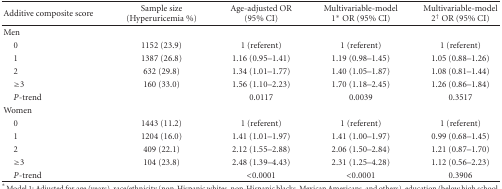
<table><thead><tr><td><b>Additive composite score</b></td><td><b>Sample size (Hyperuricemia %)</b></td><td><b>Age-adjusted OR (95% CI)</b></td><td><b>Multivariable-model 1<sup>∗</sup> OR (95% CI)</b></td><td><b>Multivariable-model 2<sup>†</sup> OR (95% CI)</b></td></tr></thead><tbody><tr><td>Men</td><td></td><td></td><td></td><td></td></tr><tr><td> 0</td><td>1152 (23.9)</td><td>1 (referent)</td><td>1 (referent)</td><td>1 (referent)</td></tr><tr><td> 1</td><td>1387 (26.8)</td><td>1.16 (0.95–1.41)</td><td>1.19 (0.98–1.45)</td><td>1.05 (0.88–1.26)</td></tr><tr><td> 2</td><td>632 (29.8)</td><td>1.34 (1.01–1.77)</td><td>1.40 (1.05–1.87)</td><td>1.08 (0.81–1.44)</td></tr><tr><td> ≥3</td><td>160 (33.0)</td><td>1.56 (1.10–2.23)</td><td>1.70 (1.18–2.45)</td><td>1.26 (0.86–1.84)</td></tr><tr><td> <i>P</i>-trend</td><td></td><td>0.0117</td><td>0.0039</td><td>0.3517</td></tr><tr><td>Women</td><td></td><td></td><td></td><td></td></tr><tr><td> 0</td><td>1443 (11.2)</td><td>1 (referent)</td><td>1 (referent)</td><td>1 (referent)</td></tr><tr><td> 1</td><td>1204 (16.0)</td><td>1.41 (1.01–1.97)</td><td>1.41 (1.00–1.97)</td><td>0.99 (0.68–1.45)</td></tr><tr><td> 2</td><td>409 (22.1)</td><td>2.12 (1.55–2.88)</td><td>2.06 (1.50–2.84)</td><td>1.21 (0.87–1.70)</td></tr><tr><td> ≥3</td><td>104 (23.8)</td><td>2.48 (1.39–4.43)</td><td>2.31 (1.25–4.28)</td><td>1.12 (0.56–2.23)</td></tr><tr><td> <i>P</i>-trend</td><td></td><td>&lt;0.0001</td><td>&lt;0.0001</td><td>0.3906</td></tr></tbody></table>